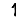
Digit: 1